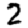
Digit: 2